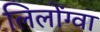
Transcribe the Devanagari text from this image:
लिलोंग्वा